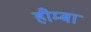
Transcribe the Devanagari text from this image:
हीम्बा